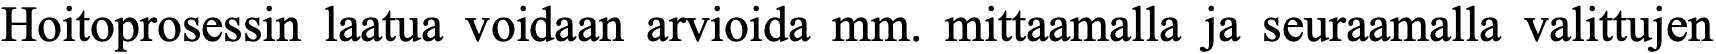
Hoitoprosessin laatua voidaan arvioida mm. mittaamalla ja seuraamalla valittujen